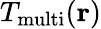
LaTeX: T_{\mathrm{multi}}({\mathbf{r}})